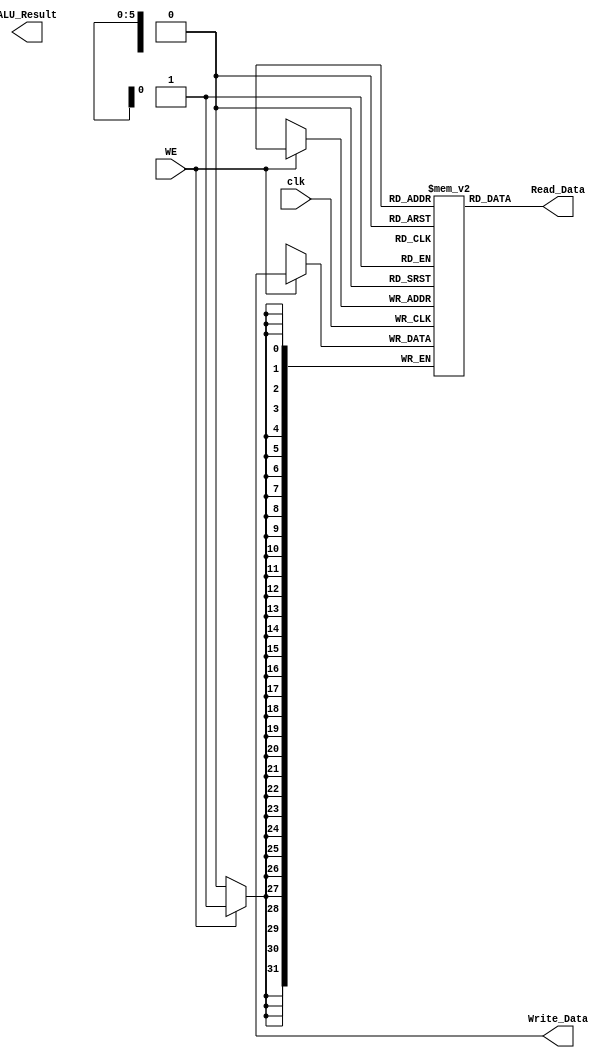
module Data_Memory(output [31:0] Read_Data,input clk,WE,output reg[31:0] ALU_Result,output reg[31:0]Write_Data);
  reg [31:0] Memory[63:0];
  
  assign Read_Data=Memory[ALU_Result[31:2]];
  always @(posedge clk)
  begin
  if(WE)
  Memory[ALU_Result[31:2]]<=Write_Data;
  end
endmodule